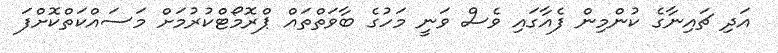
އަދި ޗައިނާގެ ކުންމިން ފެއާގައި ވެސް ވަނީ މަހުގެ ބާވަތްތައް ޕްރޮމޯޓްކުރުމަށް މަސައްކަތްކޮށްފަ